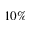
1 0 \%